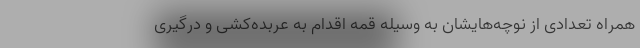
همراه تعدادی از نوچه‌هایشان به وسیله قمه اقدام به عربده‌کشی و درگیری